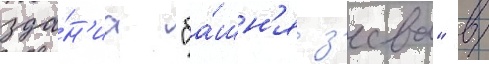
зда́н'иа "ба́шн'я з'еева" в